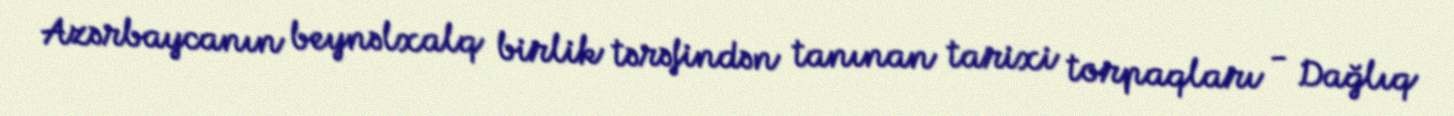
Azərbaycanın beynəlxalq birlik tərəfindən tanınan tarixi torpaqları - Dağlıq